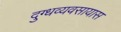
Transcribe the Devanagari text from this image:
दुग्धव्यवसायास